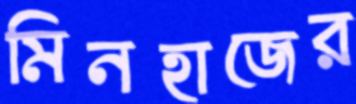
মিনহাজের